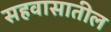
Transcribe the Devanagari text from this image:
सहवासातील